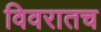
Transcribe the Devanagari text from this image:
विवरातच